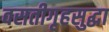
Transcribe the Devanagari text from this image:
वसतीगृहसुद्धा